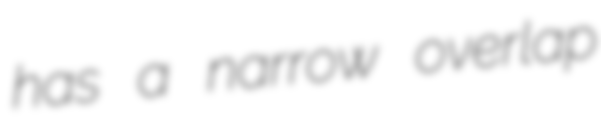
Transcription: has a narrow overlap